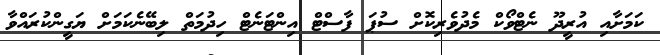
ކަމަށާއި އުރީދޫ ނެޓްވޯކް މެދުވެރިކޮށް ސުޕަ ފާސްޓް އިންޓަނެޓް ހިދުމަތް ލިބޭނެކަމަށް ޔަގީންކުރައްވާ